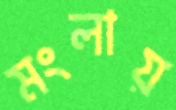
মংলায়